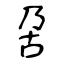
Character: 呄